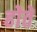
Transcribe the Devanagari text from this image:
होेते